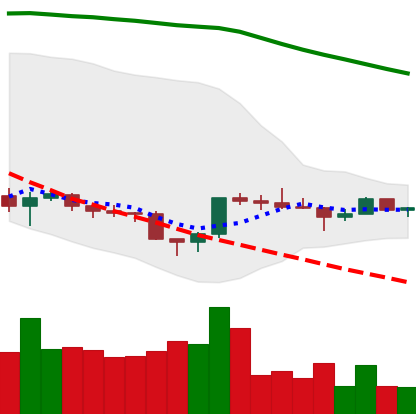
Ticker: ETC-USD
Chart end date: 2022-12-02
Forward return: -5.797%
Label: down_5_7